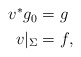
\begin{align*}\begin{aligned}v^*g_0 & = g\\v|_\Sigma & = f,\end{aligned}\end{align*}